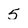
Character: 5